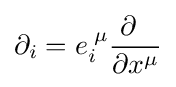
\partial _{i}=e_{i}^{\;\mu }{\frac {\partial \;\;}{\partial x^{\mu }}}